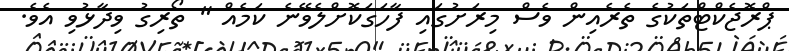
ޕްރޮޖެކްޓްތަކުގެ ތެރެއިން ވެސް މިރަށުގައި ފާހަގަކޮށްލެވޭނެ ކަމެއް " ތޯރިގު ވިދާޅުވި އެވެ.